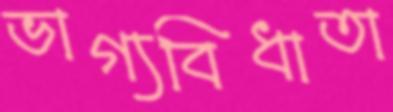
ভাগ্যবিধাতা